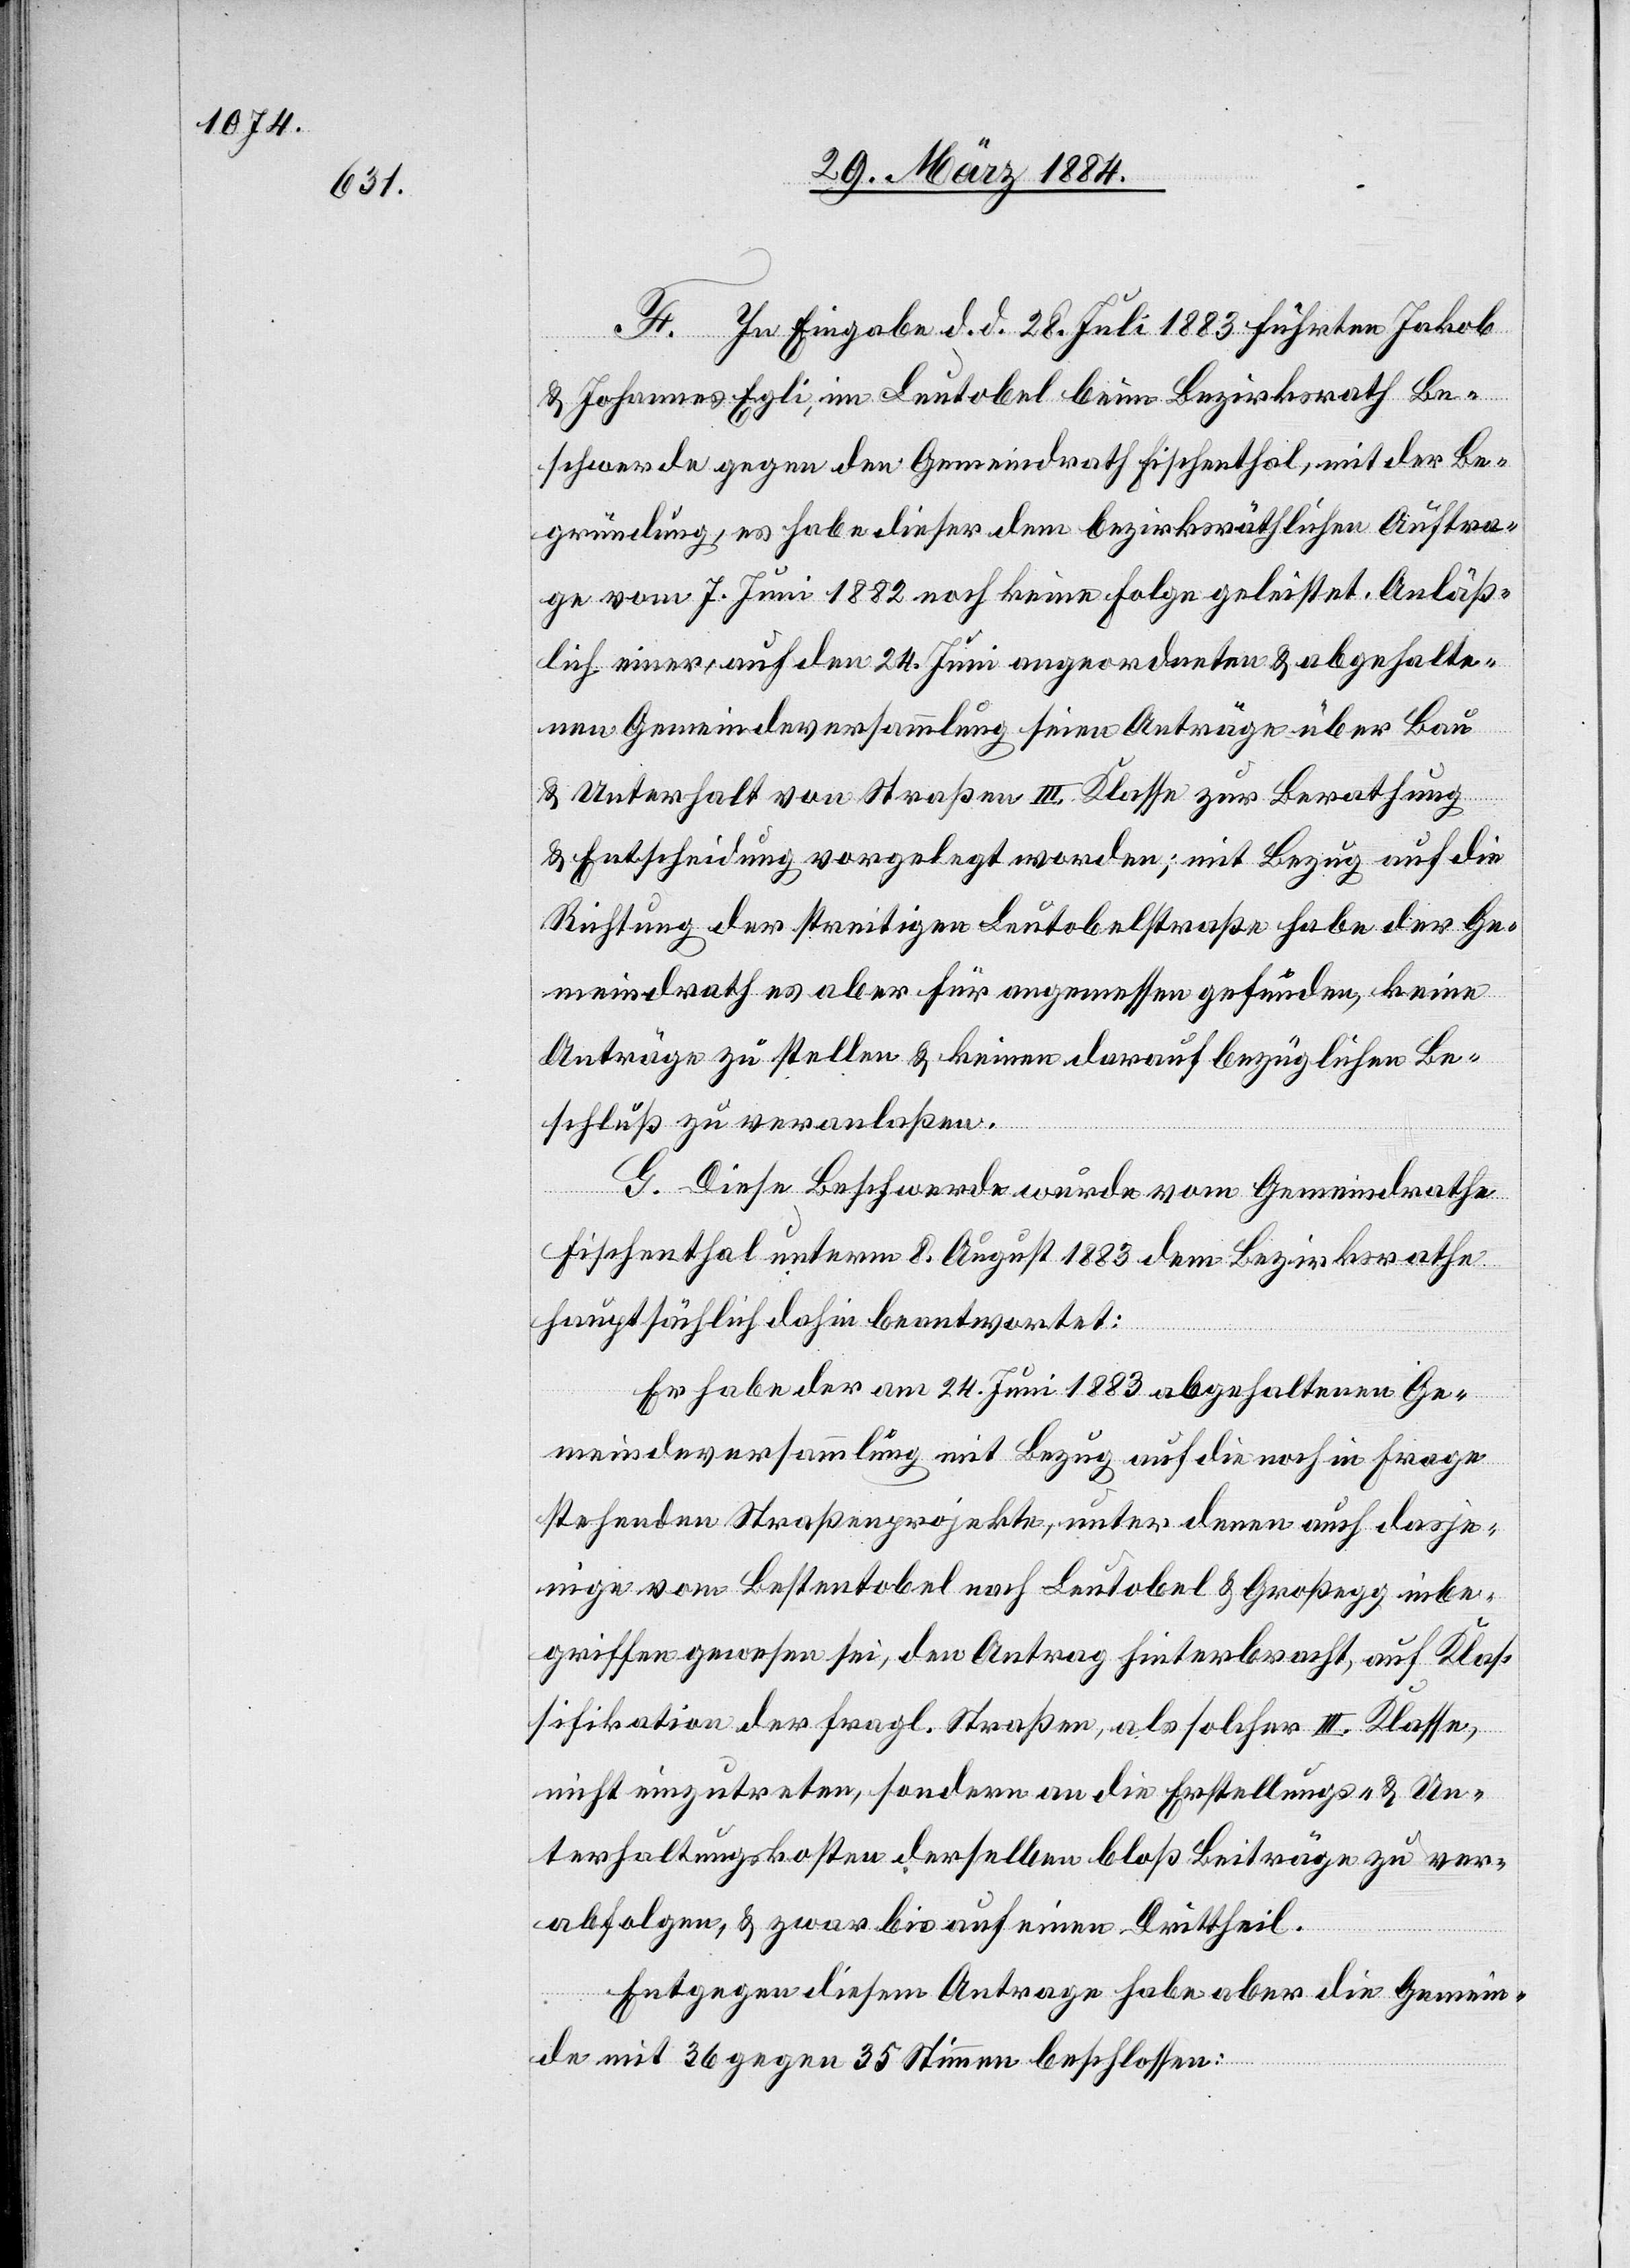
F. In Eingabe d. d. 28. Juli 1883 führten Jakob
& Johannes Egli, im Leutobel beim Bezirksrath Be¬
schwerde gegen den Gemeindrath Fischenthal, mit der Be¬
gründung, es habe dieser dem bezirksräthlichen Auftra¬
ge vom 7. Juni 1882 noch keine Folge geleistet. Anläß¬
lich einer, auf den 24. Juni angeordneten & abgehalte¬
nen Gemeindeversammlung seien Anträge über Bau
& Unterhalt von Straßen III. Klasse zur Berathung
& Entscheidung vorgelegt worden; mit Bezug auf die
Richtung der streitigen Leutobelstraße habe der Ge¬
meindrath es aber für angemessen gefunden, keine
Anträge zu stellen & keinen darauf bezüglichen Be¬
schluß zu veranlaßen.
G. Diese Beschwerde wurde vom Gemeindrathe
Fischenthal unterm 8. August 1883 dem Bezirksrathe
hauptsächlich dahin beantwortet:
Er habe der am 24. Juni 1883 abgehaltenen Ge¬
meindeversammlung mit Bezug auf die noch in Frage
stehenden Straßenprojekte, unter denen auch dasje¬
nige vom Bestentobel nach Leutobel & Großegg inbe¬
griffen gewesen sei, den Antrag hinterbracht, auf Klas¬
sifikation der fragl. Straßen, als solcher III. Klasse,
nicht einzutreten, sondern an die Erstellungs- & Un¬
terhaltungskosten derselben bloß Beiträge zu ver¬
abfolgen, & zwar bis auf einen Drittheil.
Entgegen diesem Antrage habe aber die Gemein¬
de mit 26 gegen 35 Stimmen beschlossen: